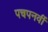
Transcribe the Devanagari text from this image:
पचपनवीं